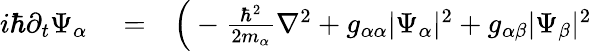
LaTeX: \begin{array}{rlr}{i\hbar\partial_{t}\Psi_{\alpha}}&{{}=}&{\Big(-\frac{\hbar^{2}}{2m_{\alpha}}\nabla^{2}+g_{\alpha\alpha}|\Psi_{\alpha}|^{2}+g_{\alpha\beta}|\Psi_{\beta}|^{2}}\end{array}